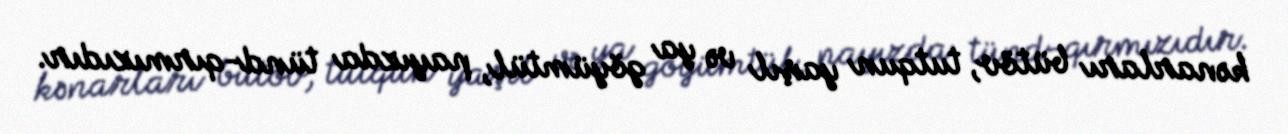
kənarları bütöv, tutqun yaşıl və ya göyümtül, payızda tünd-qırmızıdır.